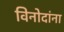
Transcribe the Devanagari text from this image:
विनोदांना